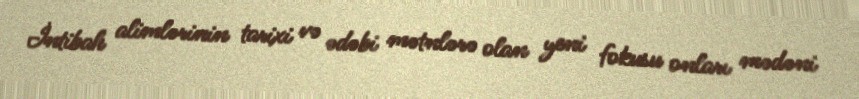
İntibah alimlərinin tarixi və ədəbi mətnlərə olan yeni fokusu onları mədəni